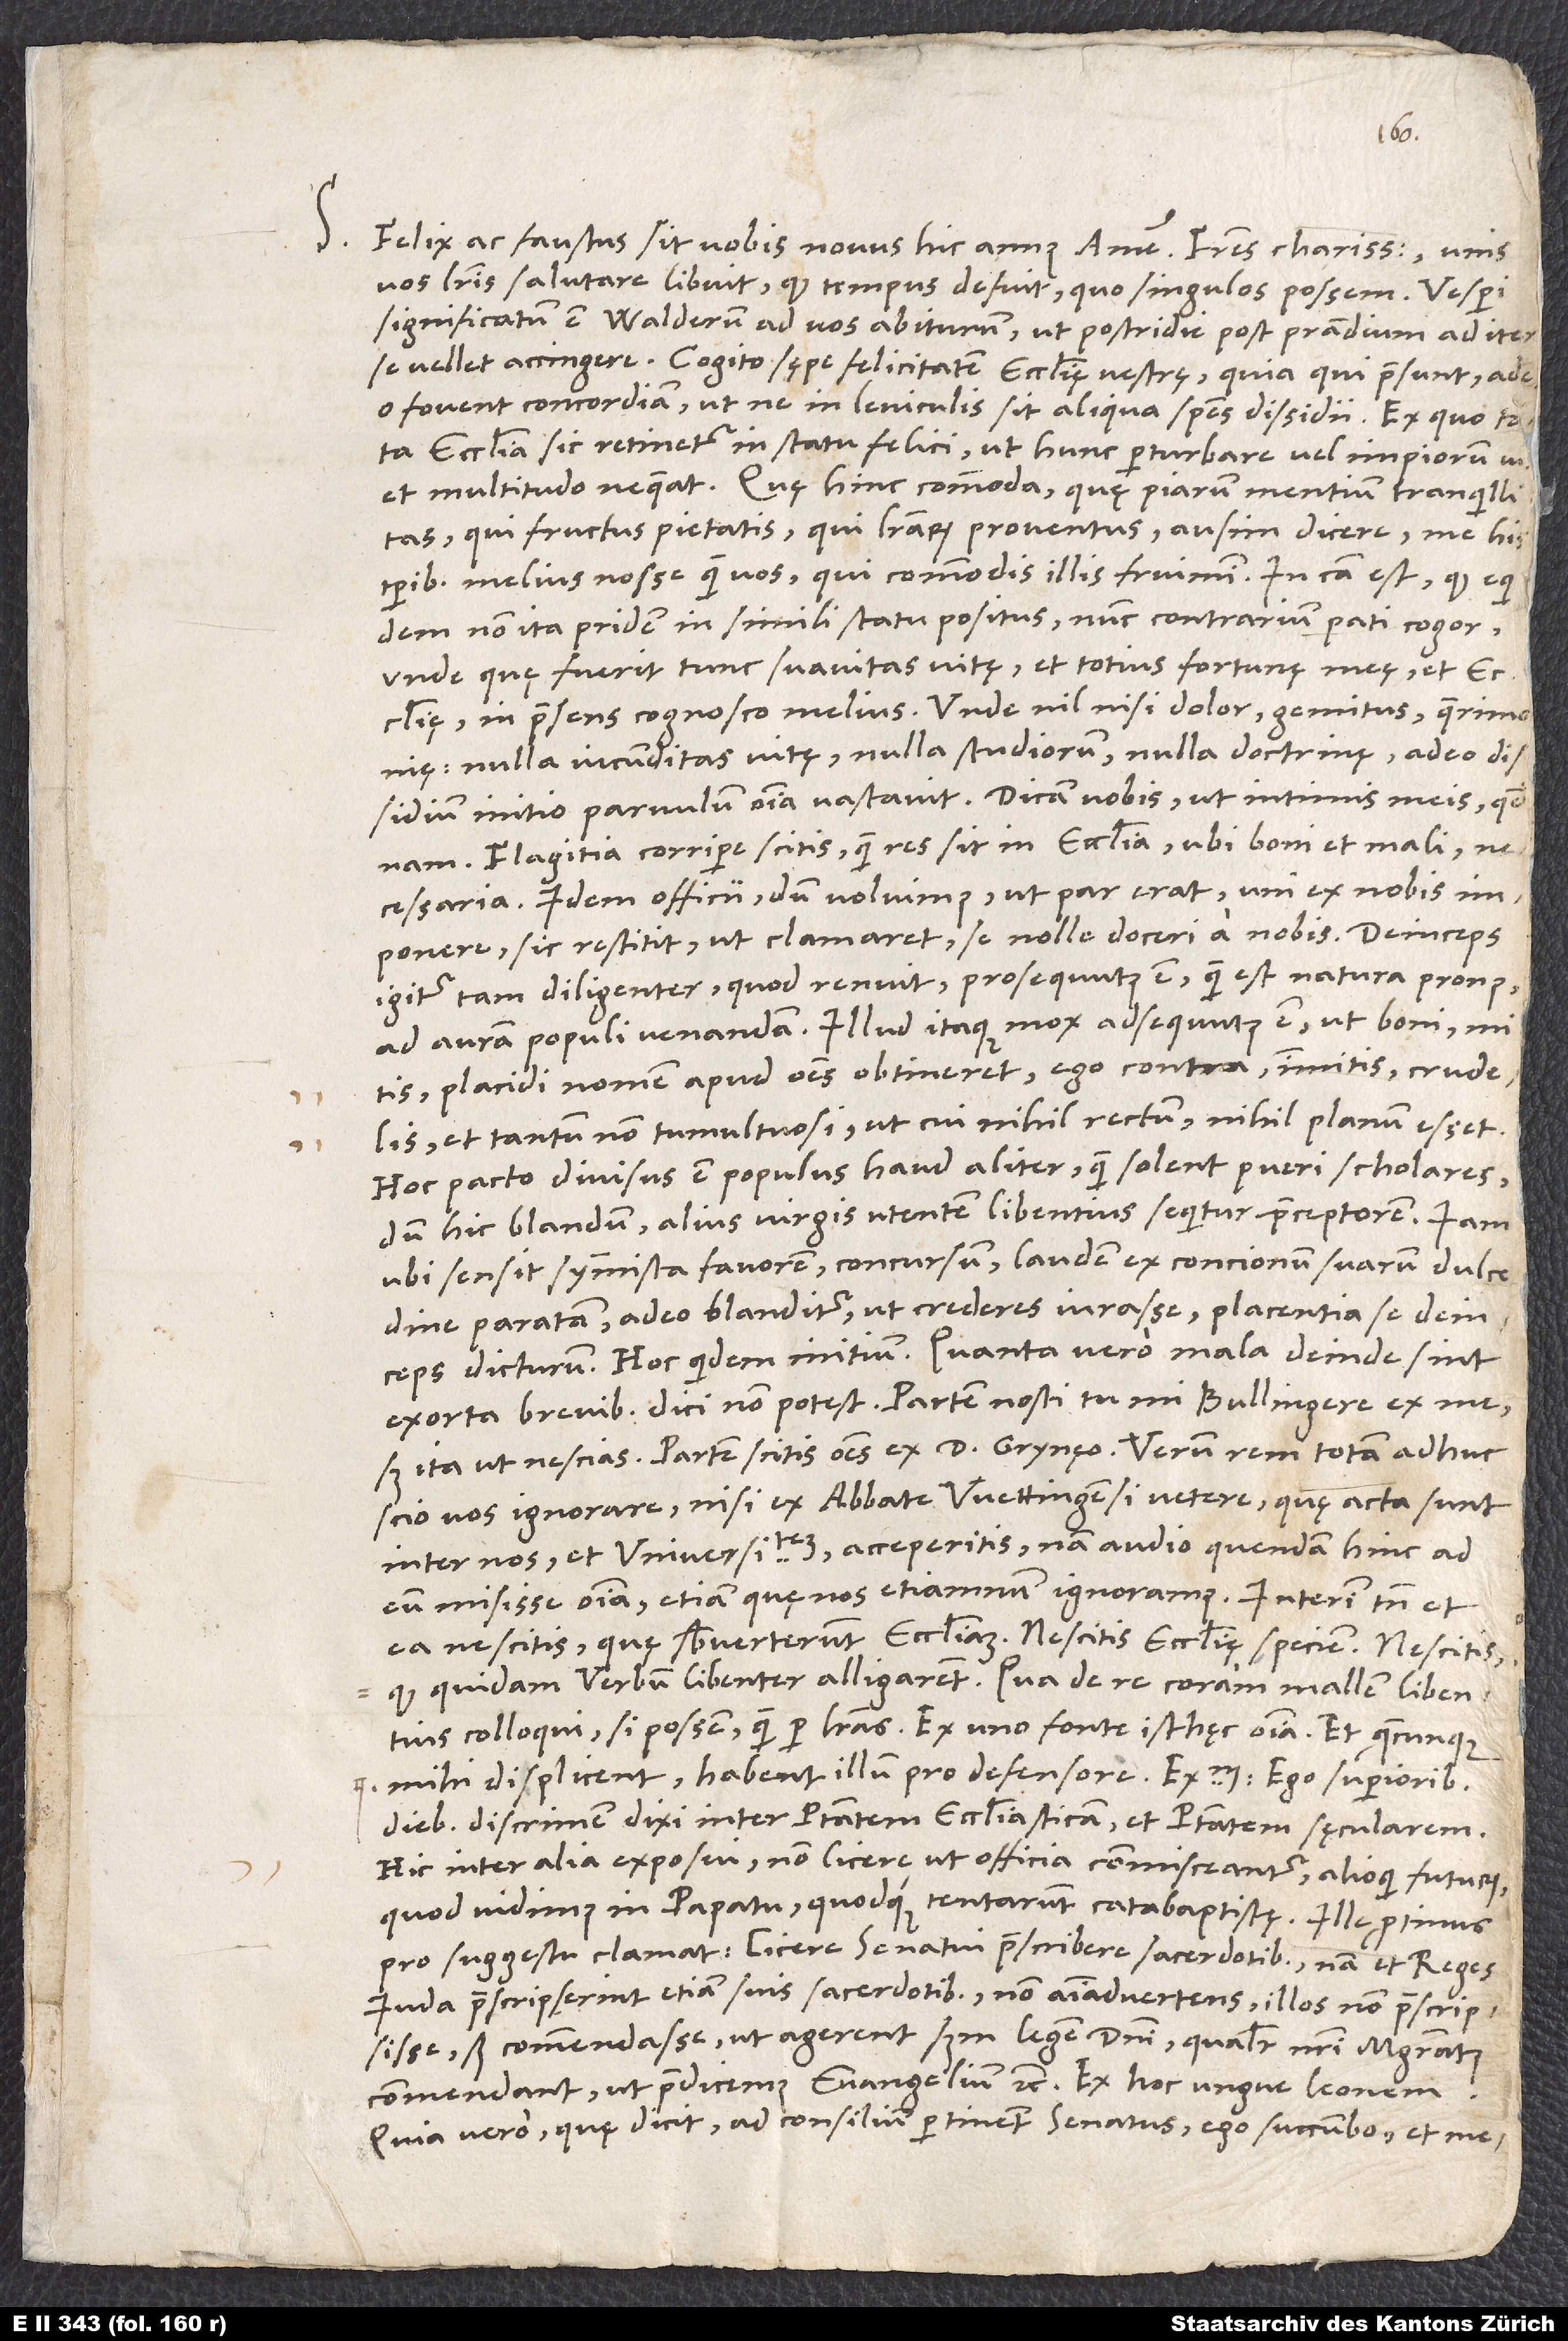
d.

S.

vos literis salutare libuit, quod tempus defuit, quo singulos possem. Vesperi
significatum est Walderum ad vos abiturum, ut postridie post prandium ad iter
fovent concordiam, ut ne in leviculis sit aliqua species dissidii. Ex quo tota
ecclesia sic retinetur in statu felici, ut hunc perturbare vel impiorum vis
et multitudo nequeat. Quę hinc commoda, quę piarum mentium tranquillitas,
qui fructus pietatis, qui literarum proventus, ausim dicere me his
temporibus melius nosse quam vos, qui commodis illis fruimini. In causa est, quod equidem
non ita pridem in simili statu positus nunc contrarium pati cogor,
unde, quę fuerit tunc suavitas vitę et totius fortunę meę et ecclesię,
in praesens cognosco melius. Unde nil nisi dolor, gemitus, querimonię,
nulla iucunditas vitę, nulla studiorum, nulla doctrinę, adeo dissidium
initio parvulum omnia vastavit. Dicam vobis ut intimis meis quidnam.
Flagitia corripere scitis quam res sit in ecclesia, ubi boni et mali,
necessaria. Idem officii dum voluimus, ut par erat, uni ex nobis
imponere, sic restitit, ut clamaret se nolle doceri a nobis. Deinceps
igitur tam diligenter, quod renuit, prosequutus est, quam est natura pronus
placidi nomen apud omnes obtineret, ego contra immitis, crudelis
et tantum non tumultuosi, ut cui nihil rectum, nihil planum esset.
Hoc pacto divisus est populus haud aliter, quam solent pueri scholares,
dum hic blandum, alius virgis utentem libentius sequitur praeceptorem. Iam
ubi sensit symmista favorem, concursum, laudem ex concionum suarum dulcedine
paratam, adeo blanditur, ut crederes iurasse placentia se deinceps
dicturum. Hoc quidem initium; quanta vero mala deinde sint
sed ita, ut nescias; partem scitis omnes ex d. Grynęo. Verum rem totam adhuc
scio vos ignorare, nisi ex abbate Wettingensi vetere, quę acta sunt
inter nos et universitatem, acceperitis; nam audio quendam hinc ad
eum misisse omnia, etiam quę nos etiamnum ignoramus. Interim tamen et
ea nescitis, quę subverterunt ecclesiam, nescitis ecclesię speciem, nescitis,
quod quidam verbum libenter al ligarent, qua de re coram mallem libentius
mihi displicent, habent illum pro defensore. Exemplum: Ego superioribus
diebus discrimen dixi inter potestatem ecclesiasticam et potestatem sęcularem.
Hic inter alia exposui non licere, ut officia commisceantur; alioqui futurum,
quod vidimus in papatu quodque tentarunt catabaptistę. Ille protinus
pro suggestu clamat licere senatui praescribere sacerdotibus; nam et reges
Iuda praescripserint etiam suis sacerdotibus, non animadvertens illos non praescripsisse,
sed commendasse, ut agerent secundum legem domini, qualiter nostri magistratus
commendant, ut praedicemus evangelium etc. Ex hoc ungue leonem.
Quia vero, quę dicit, ad consilium pertinent senatus, ego succumbo et mecum